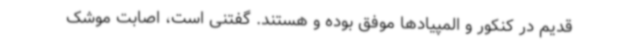
قدیم در کنکور و المپیادها موفق بوده و هستند. گفتنی است، اصابت موشک